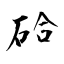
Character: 硆